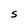
Character: S